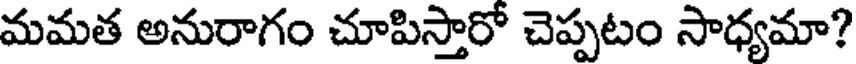
మమత అనురాగం చూపిస్తారో చెప్పటం సాధ్యమా?